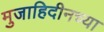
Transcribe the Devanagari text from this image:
मुजाहिदीनच्या